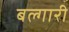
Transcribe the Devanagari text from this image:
बल्गारी